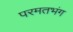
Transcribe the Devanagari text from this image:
परमतभंग